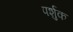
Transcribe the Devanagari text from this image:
पर्शुक